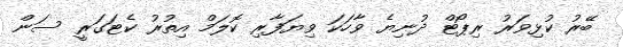
ބޭރު ކުޅިވަރު ރިޕޯޓް ދުނިޔެ ވާހަކަ ވިޔަފާރި ކޮލަމް އިތުރު ކެޓަގަރީ ސަން